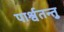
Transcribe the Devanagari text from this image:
पार्श्वतन्तु